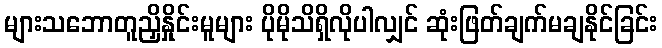
များသဘောတူညှိနှိုင်းမူများ ပိုမိုသိရှိလိုပါလျှင် ဆုံးဖြတ်ချက်မချနိုင်ခြင်း